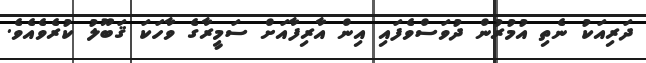
ދަރިއަކު ނެތި އުމުރުން ދުވަސްވެފައި އިން އާރިފާއަށް ސަމީރާގެ ވާހަކަ ޤަބޫލު ކުރެވެއެވެ.